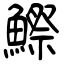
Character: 鰶